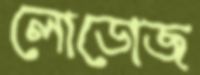
লোডোজ